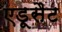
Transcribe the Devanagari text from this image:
एडूसैट